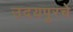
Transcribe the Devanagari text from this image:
उदयपूरचे